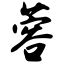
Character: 蓉